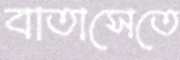
বাতাসেতে